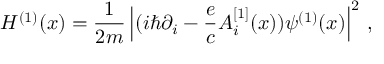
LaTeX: { \cal H } ^ { ( 1 ) } ( x ) = { \frac { 1 } { 2 m } } \left| ( i \hbar \partial _ { i } - { \frac { e } { c } } A _ { i } ^ { [ 1 ] } ( x ) ) \psi ^ { ( 1 ) } ( x ) \right| ^ { 2 } \, ,